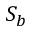
S _ { b }